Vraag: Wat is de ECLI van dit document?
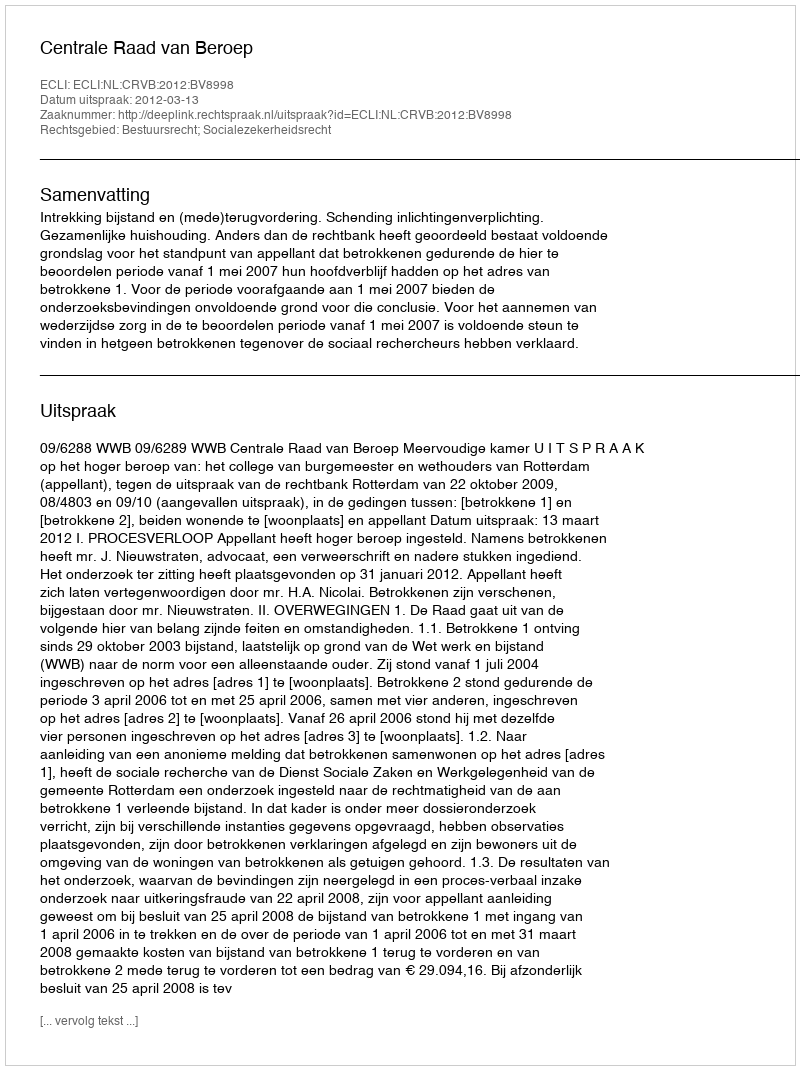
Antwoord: ECLI:NL:CRVB:2012:BV8998